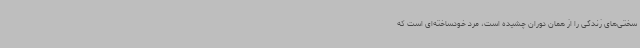
سختی‌های زندگی را از همان دوران چشیده است، مرد خودساخته‌ای است که